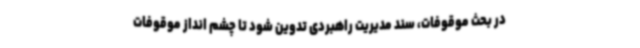
در بحث موقوفات، سند مدیریت راهبردی تدوین شود تا چشم انداز موقوفات